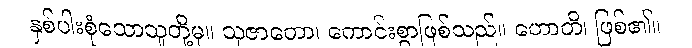
နှစ်ပါးစုံသောသူတို့မှ။ သုဇာတော၊ ကောင်းစွာဖြစ်သည်။ ဟောတိ၊ ဖြစ်၏။